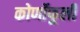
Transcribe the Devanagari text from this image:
कोर्णोफूली